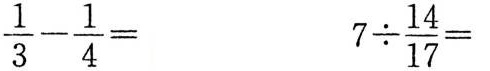
$$\frac { 1 } { 3 } - \frac { 1 } { 4 } =$$ $$7 { \div} \frac { 14 } { 17 } =$$